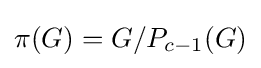
\pi (G)=G/P_{c-1}(G)